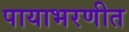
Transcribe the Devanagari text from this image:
पायाभरणीत